Annual report on the working of the lock hospitals in the Central Provinces
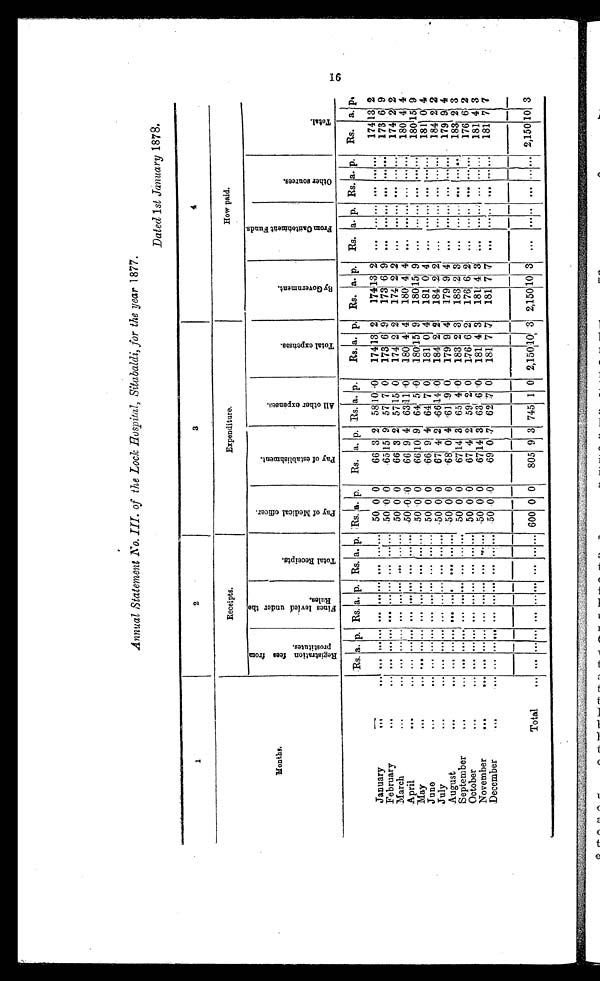
Annual Statement No. III. of the Lock Hospital, Sitabaldi, for the year 1877.
Dated 1st January 1878.
1
2
3
4
R e c e i p t s .
Expenditure.
How paid.
M o n t h s .
R e g i s t r a t i o n f e e s f r o m p r o s t i t u t e s .
F i n e s l e v i e d u n d e r t h e R u l e s .
T o t a l R e c e i p t s .
P a y o f M e d i c a l o f f i c e r .
P a y o f e s t a b l i s h m e n t .
A l l o t h e r e x p e n s e s .
T o t a l e x p e n s e s .
B y G o v e r n m e n t .
F r o m C a n t o n m e n t F u n d s .
O t h e r s o u r c e s .
T o t a l .
Rs. a. p. Rs. a. p. Rs. a. p. Rs.a. p. Rs. a. p. Rs. a. p. Rs. a. p. Rs. a. p. Rs. a. p. Rs. a. P. Rs. a. p,
January
. . .
. . . . . . . . . . . . . . . . . . ... ... . . . . . . 50 0 0
66 3 2 58 10 0 174 13 2 174 13 2
. . . . . . ... . . . . . . . . . 174 13 2
. . . . . . . . . . . . . . . ... ... . . . . . . 50 0 0
65 15 9 57 7 0 173 6 9 173 6 9
. . . . . . ... . . . . . . . . . 173 6 9
February
. . .
. . . . . . . . . . . . . . . . . . ... ... . . . . . . 50 0 0
66 3 2 57 15 0 174 2 2 174 2 2
. . . . . .
... ... . . . . . . 174 2 2
March
. . .
. . .
April
. . .
. . .
. . . . . . . . . . . . . . . ... ... . . . . . . 50 0 0
66 9 4
6 3 1 1 0 180 4 4 180 4 4
. . . . . . ... . . . . . . . . . 180 4 4
. . . . . . . . . . . . ... ... . . . . . . 50 0 0
66 10 9 64 5 0 180 1 5 9 180 1 5 9
. . . . . . ... ... . . . . . . 180 1 5 9
May
...
. . . ...
June
. . .
. . . . . . . . . . . . . . . . . . ... ... . . . . . .
5 0 0 0
6 6 9 4 6 4 7 0 181 0 4 181 0 4
. . . . . . ... ... . . . . . . 181 0 4
July
. . .
. . . ... . . . . . . . . . . . . ... ... . . . . . . 50 0 0
67 4 2 66 14 0 184 2 2 184 2 2
. . . . . .... . . . . . . . . . 184 2 2
. . . . . . . . . . . . ... . . . . . . 50 0 0
68 0 4 61 9 0 179 9 4 179 9 4
. . . . . .
... . . . . . . . . . 179 9 4
August
. . .
. . . ... . . .
. . . . . . . . . . . . . . . ... ... . . . . . . 50 0 0
67 14 3 65 4 0 183 2 3 183 2 3
. . . . . . ... . . . . . . . . . 183 2 3
September
. . .
. . .
October
. . .
. . . . . . . . . . . . . . . . . .... ... . . . . . . 50 0 0
67 4 2 59 2 0 176 6 2 176 6 2
. . . . . . ... . . . . . . . . . 176 6 2
November
. . .
. . . . . . . . . . . . . . . . . . ... ... . . . . . . 50 0 0
67 14 3 63 6 0 181 4 3 181 4 3
. . . . . .
... ... . . . . . . 181 4 3
December
. . .
. . . . . . . . . . . . . . . . . . ... ... . . . . . . 50 0 0
69 0 7 62 7 0 181 7 7 181 7 7
. . . . . .
... . . . . . . . . . 181 7 7
Total
... . . . . . . . . . . . . . . . . . . ... ... . . . . . . 600 0 0 805 9 3 745 1 0 2,150 10 3 2,150 10 3
. . . . . .
... ... . . . . . . 2,150 10 3